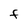
Character: F